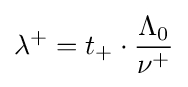
\lambda ^{+}=t_{+}\cdot {\frac {\Lambda _{0}}{\nu ^{+}}}